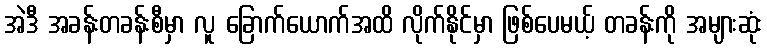
အဲဒီ အခန်းတခန်းစီမှာ လူ ခြောက်ယောက်အထိ လိုက်နိုင်မှာ ဖြစ်ပေမယ့် တခန်းကို အများဆုံး